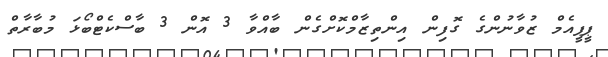
ޕީޕީއެމް ޒުވާނުންގެ ގޮފިން އިންތިޒާމްކޮށްގެން ބާއްވާ 3 އޮން 3 ބާސްކެޓްބޯޅަ މުބާރާތް